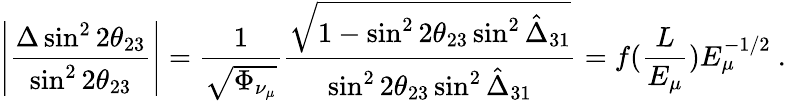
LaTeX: \left|\frac{\Delta\sin^{2}2\theta_{23}}{\sin^{2}2\theta_{23}}\right|=\frac{1}{\sqrt{\Phi_{\nu_{\mu}}}}\frac{\sqrt{1-\sin^{2}2\theta_{23}\sin^{2}\hat{\Delta}_{31}}}{\sin^{2}2\theta_{23}\sin^{2}\hat{\Delta}_{31}}=f(\frac{L}{E_{\mu}})E_{\mu}^{-1/2}~.